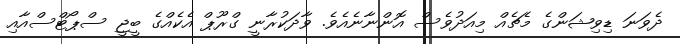
ދެވަނަ ޑިވިޝަންގެ މެޗެއް މިއަދުވެސް އޮންނާނެއެވެ. ވާދަކުރާނީ ގްރޫޕް އެކެއްގެ ބީޖީ ސްޕޯޓްސްއާއި